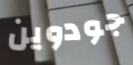
جودوين